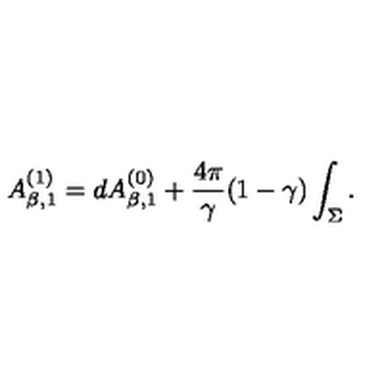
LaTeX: A _ { \beta , 1 } ^ { ( 1 ) } = d A _ { \beta , 1 } ^ { ( 0 ) } + { \frac { 4 \pi } { \gamma } } ( 1 - \gamma ) \int _ { \Sigma } .